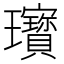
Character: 𤫞